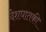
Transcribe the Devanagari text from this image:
देशघातकी